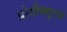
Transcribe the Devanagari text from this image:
प्रोसीक्यूटर्स